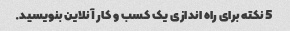
5 نکته برای راه اندازی یک کسب و کار آنلاین بنویسید.